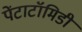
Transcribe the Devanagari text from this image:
पेंटाटॉमिडी